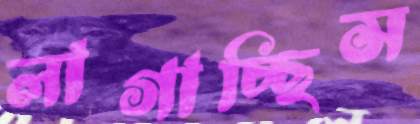
লাগাচ্ছিস